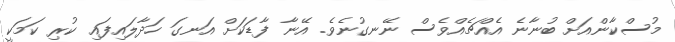
މުސްކާންއަށް ބުނާނެ އެއްޗެއްވެސް ނޭނގުނެވެ. އޭނާ ފާޑަކަށް އަނގަ ހަދާލައިފައި ކުރި ކަމަކީ